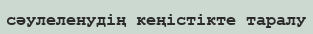
cәулеленудің кеңістікте таралу